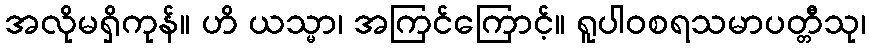
အလိုမရှိကုန်။ ဟိ ယသ္မာ၊ အကြင်ကြောင့်။ ရူပါဝစရသမာပတ္တီသု၊